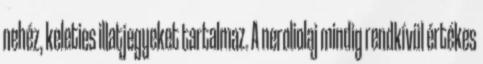
nehéz, keleties illatjegyeket tartalmaz. A neroliolaj mindig rendkívül értékes